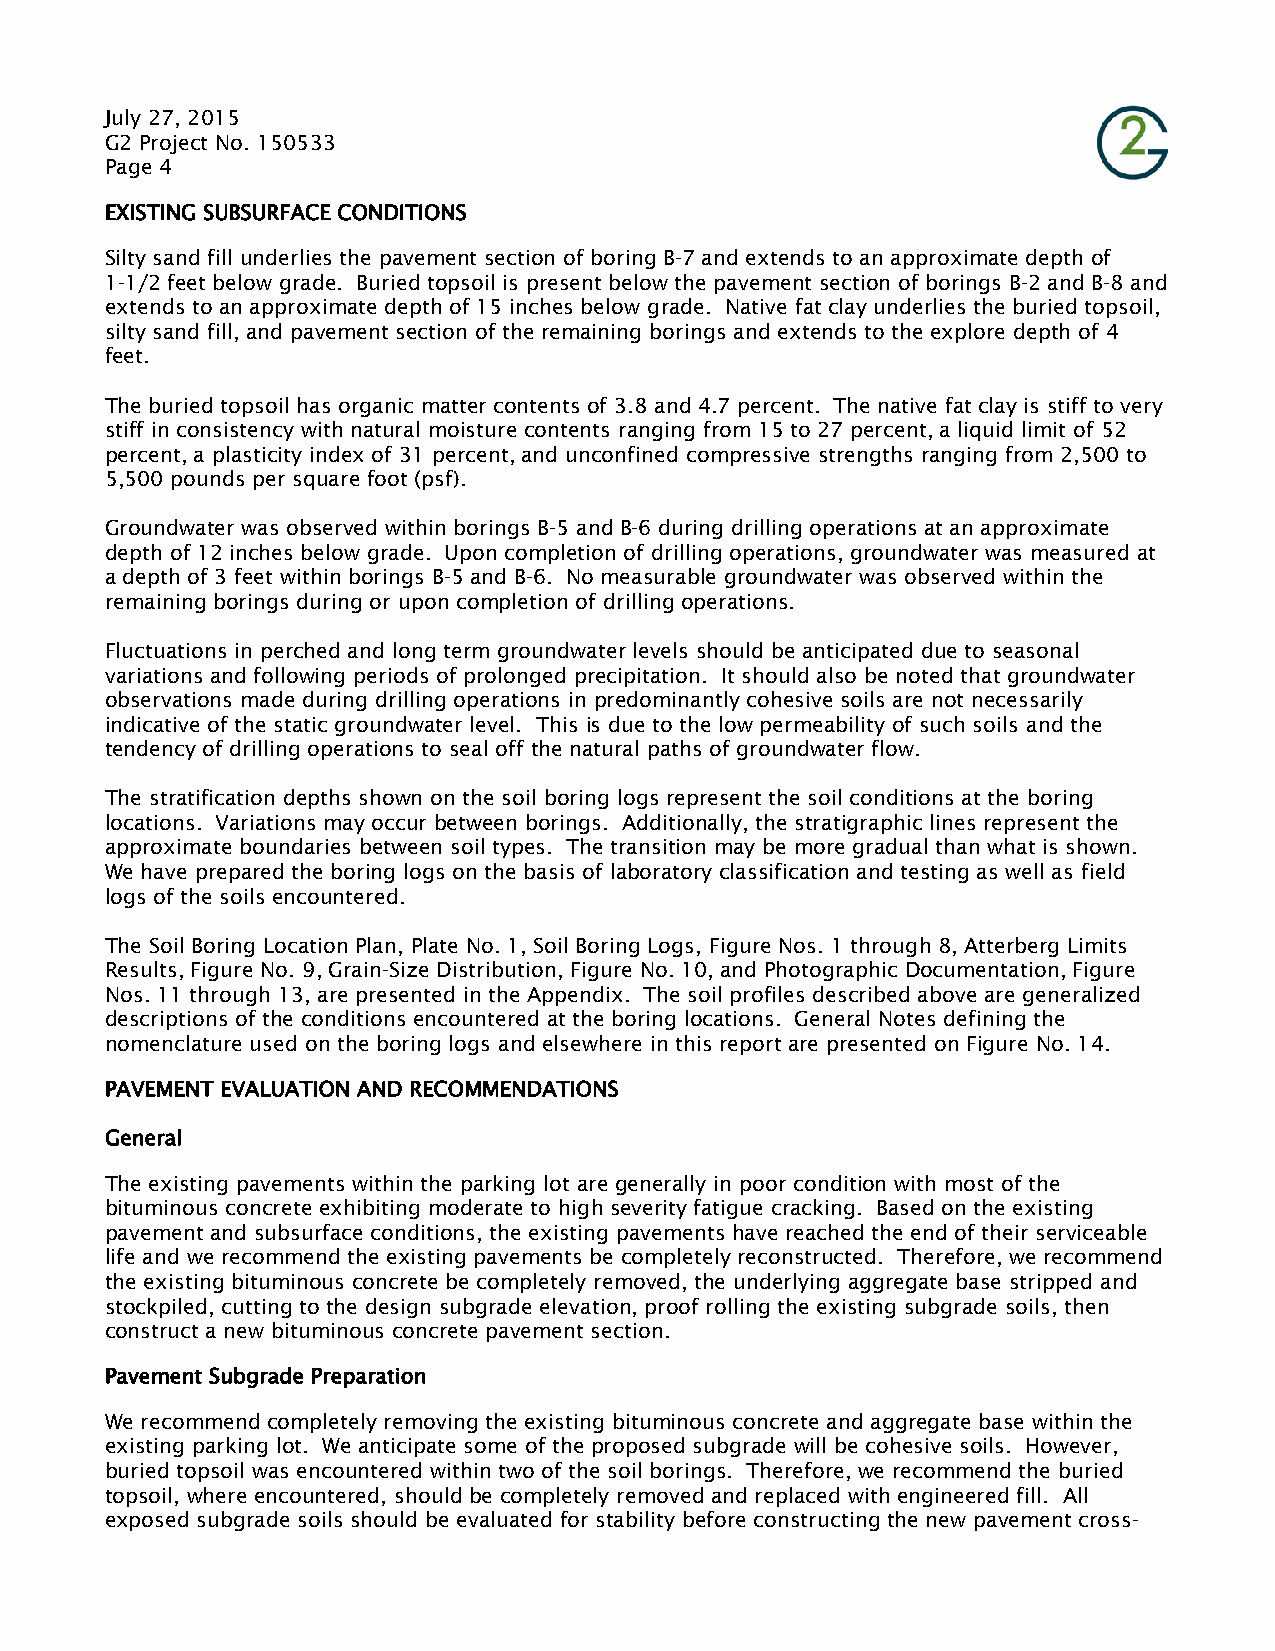
July 27, 2015
 G2 Project No. 150533
 Page 4
 EXISTING SUBSURFACE CONDITIONS
 Silty sand fill underlies the pavement section of boring B-7 and extends to an approximate depth of
 1-1/2 feet below grade. Buried topsoil is present below the pavement section of borings B-2 and B-8 and
 extends to an approximate depth of 15 inches below grade. Native fat clay underlies the buried topsoil,
 silty sand fill, and pavement section of the remaining borings and extends to the explore depth of 4
 feet.
 The buried topsoil has organic matter contents of 3.8 and 4.7 percent. The native fat clay is stiff to very
 stiff in consistency with natural moisture contents ranging from 15 to 27 percent, a liquid limit of 52
 percent, a plasticity index of 31 percent, and unconfined compressive strengths ranging from 2,500 to
 5,500 pounds per square foot (psf).
 Groundwater was observed within borings B-5 and B-6 during drilling operations at an approximate
 depth of 12 inches below grade. Upon completion of drilling operations, groundwater was measured at
 a depth of 3 feet within borings B-5 and B-6. No measurable groundwater was observed within the
 remaining borings during or upon completion of drilling operations.
 Fluctuations in perched and long term groundwater levels should be anticipated due to seasonal
 variations and following periods of prolonged precipitation. It should also be noted that groundwater
 observations made during drilling operations in predominantly cohesive soils are not necessarily
 indicative of the static groundwater level. This is due to the low permeability of such soils and the
 tendency of drilling operations to seal off the natural paths of groundwater flow.
 The stratification depths shown on the soil boring logs represent the soil conditions at the boring
 locations. Variations may occur between borings. Additionally, the stratigraphic lines represent the
 approximate boundaries between soil types. The transition may be more gradual than what is shown.
 We have prepared the boring logs on the basis of laboratory classification and testing as well as field
 logs of the soils encountered.
 The Soil Boring Location Plan, Plate No. 1, Soil Boring Logs, Figure Nos. 1 through 8, Atterberg Limits
 Results, Figure No. 9, Grain-Size Distribution, Figure No. 10, and Photographic Documentation, Figure
 Nos. 11 through 13, are presented in the Appendix. The soil profiles described above are generalized
 descriptions of the conditions encountered at the boring locations. General Notes defining the
 nomenclature used on the boring logs and elsewhere in this report are presented on Figure No. 14.
 PAVEMENT EVALUATION AND RECOMMENDATIONS
 General
 The existing pavements within the parking lot are generally in poor condition with most of the
 bituminous concrete exhibiting moderate to high severity fatigue cracking. Based on the existing
 pavement and subsurface conditions, the existing pavements have reached the end of their serviceable
 life and we recommend the existing pavements be completely reconstructed. Therefore, we recommend
 the existing bituminous concrete be completely removed, the underlying aggregate base stripped and
 stockpiled, cutting to the design subgrade elevation, proof rolling the existing subgrade soils, then
 construct a new bituminous concrete pavement section.
 Pavement Subgrade Preparation
 We recommend completely removing the existing bituminous concrete and aggregate base within the
 existing parking lot. We anticipate some of the proposed subgrade will be cohesive soils. However,
 buried topsoil was encountered within two of the soil borings. Therefore, we recommend the buried
 topsoil, where encountered, should be completely removed and replaced with engineered fill. All
 exposed subgrade soils should be evaluated for stability before constructing the new pavement cross-